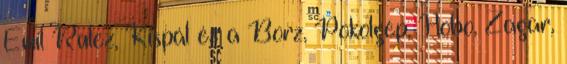
Emil Rulez, Kispál és a Borz, Pokolgép, Hobo, Zagar,